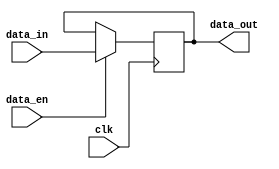
module data_enable_latch (
    input wire clk,
    input wire data_en,
    input wire data_in,
    output reg data_out
);

always @(posedge clk) begin
    if (data_en) begin
        data_out <= data_in;
    end
end

endmodule